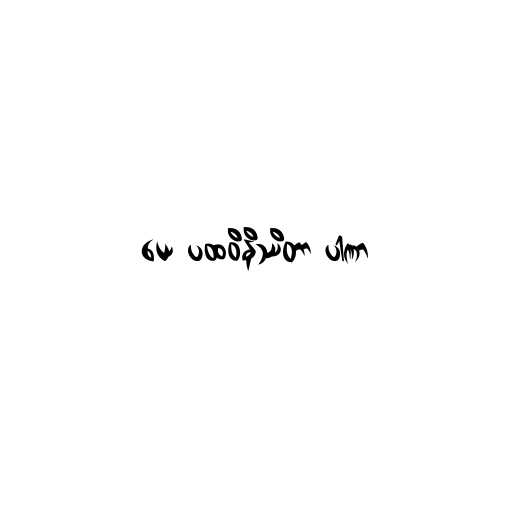
ယေ ပထဝိနိဿိတာ ပါဏာ